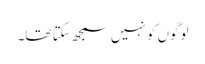
لوگوں کو نہیں سمجھ سکتا تھا۔